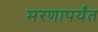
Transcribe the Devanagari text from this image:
मरणापर्यंत